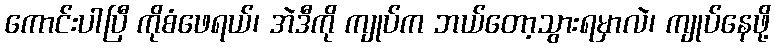
ကောင်းပါပြီ ကိုစံဖေရယ်၊ အဲဒီကို ကျုပ်က ဘယ်တော့သွားရမှာလဲ၊ ကျုပ်နေဖို့